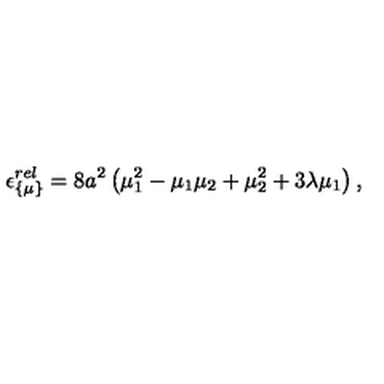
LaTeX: \epsilon _ { \{ \mu \} } ^ { r e l } = 8 a ^ { 2 } \left( \mu _ { 1 } ^ { 2 } - \mu _ { 1 } \mu _ { 2 } + \mu _ { 2 } ^ { 2 } + 3 \lambda \mu _ { 1 } \right) ,